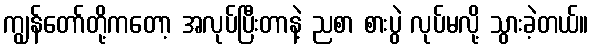
ကျွန်တော်တို့ကတော့ အလုပ်ပြီးတာနဲ့ ညစာ စားပွဲ လုပ်မလို့ သွားခဲ့တယ်။